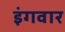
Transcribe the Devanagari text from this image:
इंगवार